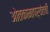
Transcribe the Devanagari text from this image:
ओतकामापर्यंतची